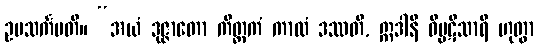
ဥပသင်္ကမတိ။ “အယံ ဒုဇ္ဇာတော ကိတ္တကံ ကာလံ ဒဿတိ, ဣဒါနိ ဝိပ္ပဋိသာရီ ဟုတွာ